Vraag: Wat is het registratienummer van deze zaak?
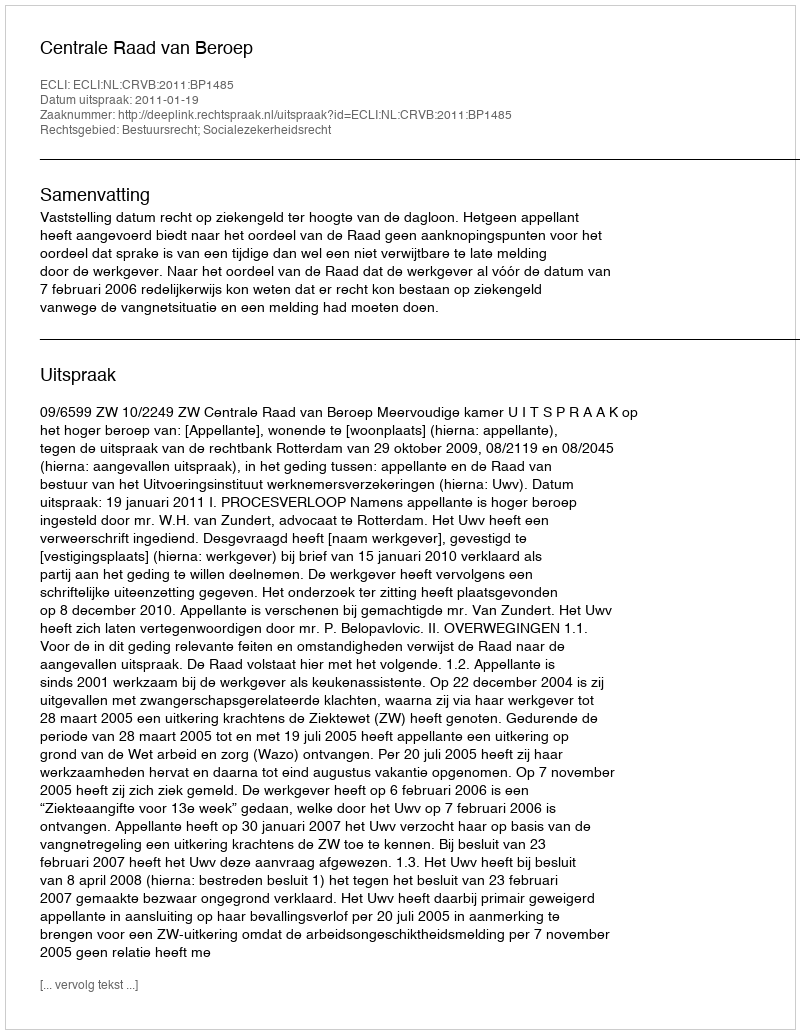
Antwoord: http://deeplink.rechtspraak.nl/uitspraak?id=ECLI:NL:CRVB:2011:BP1485